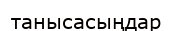
танысасыңдар